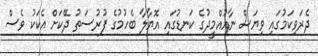
ދެރަވިކަމުގައި ވިޔަސް ނާއުއްމީދުގެ ކަނޑުގައި އޮޔާލާ ބެހުމުގެ ފުރުސަތު ދޭކަށް އެކަކު ވެސް